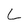
Character: L